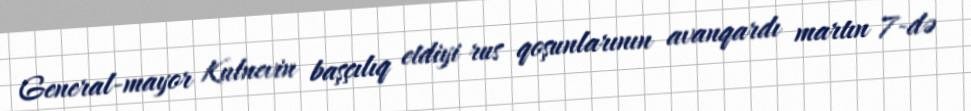
General-mayor Kulnevin başçılıq etdiyi rus qoşunlarının avanqardı martın 7-də